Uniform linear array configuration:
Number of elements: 4
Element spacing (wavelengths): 1
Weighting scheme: uniform
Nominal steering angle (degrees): -15
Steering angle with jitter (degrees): -13.462
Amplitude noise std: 0.05
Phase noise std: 0.05

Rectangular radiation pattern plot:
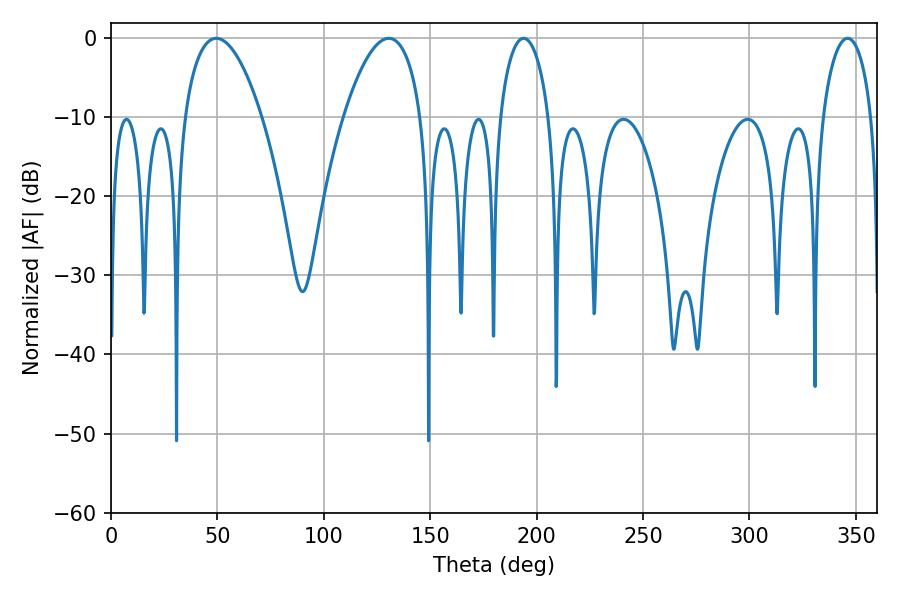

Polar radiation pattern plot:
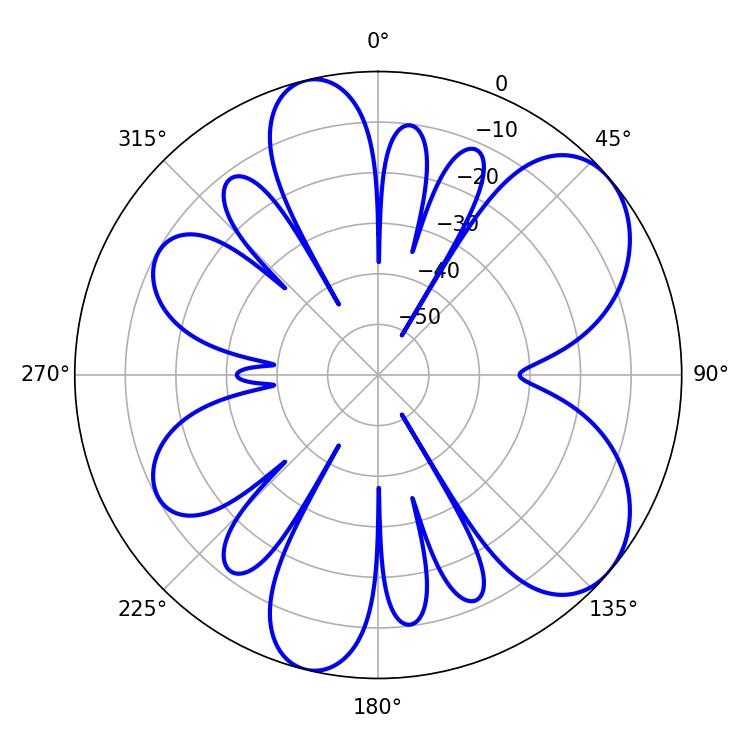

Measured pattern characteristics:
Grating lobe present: TRUE
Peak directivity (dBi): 6.851
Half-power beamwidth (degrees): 20.34
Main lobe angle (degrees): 49.5